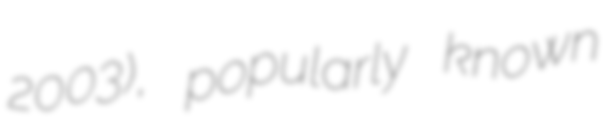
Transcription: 2003), popularly known